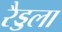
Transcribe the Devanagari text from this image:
रैड्डला